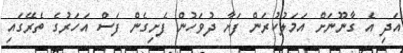
އަދި އެ ގާނޫނަށް އަމަލުކުރަން ފަށާ ދުވަހުން ފެށިގެން ފަސް އަހަރުގެ ތެރޭގައި